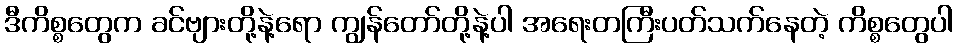
ဒီကိစ္စတွေက ခင်ဗျားတို့နဲ့ရော ကျွန်တော်တို့နဲ့ပါ အရေးတကြီးပတ်သက်နေတဲ့ ကိစ္စတွေပါ